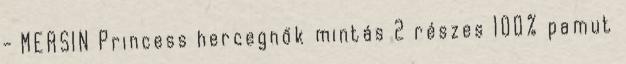
- MERSIN Princess hercegnők mintás 2 részes 100% pamut